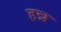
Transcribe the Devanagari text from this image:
हन्न